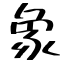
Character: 象